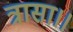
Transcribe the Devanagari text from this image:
त्रासा।।